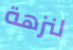
لنزهة